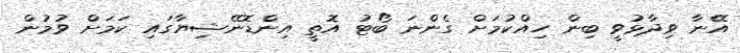
އޭނާ ވިދާޅުވީ ބިން ހިއްކުމަށް ގެންނަ ބޯޓު އޮތީ އިންޑޮނޭޝިޔާގައި ކަމަށް ވުމުން